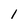
Character: 1